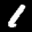
Label: 1